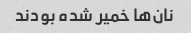
نان‌ها خمیر شده بودند